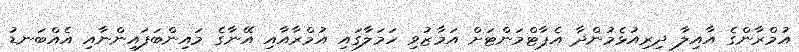
އުމްރާންގެ އާއިލާ ދިރިއުޅެމުންދާ އެޕާޓްމަންޓަށް އަމާޒުވި ހަމަލާގައި އުމްރާއާއި އޭނާގެ މައިންބަފައިންނާއި އެއްބަނޑު